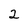
Character: 2